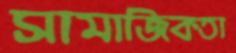
সামাজিকতা